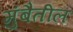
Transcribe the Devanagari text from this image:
मुंबैतील